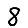
Digit: 8